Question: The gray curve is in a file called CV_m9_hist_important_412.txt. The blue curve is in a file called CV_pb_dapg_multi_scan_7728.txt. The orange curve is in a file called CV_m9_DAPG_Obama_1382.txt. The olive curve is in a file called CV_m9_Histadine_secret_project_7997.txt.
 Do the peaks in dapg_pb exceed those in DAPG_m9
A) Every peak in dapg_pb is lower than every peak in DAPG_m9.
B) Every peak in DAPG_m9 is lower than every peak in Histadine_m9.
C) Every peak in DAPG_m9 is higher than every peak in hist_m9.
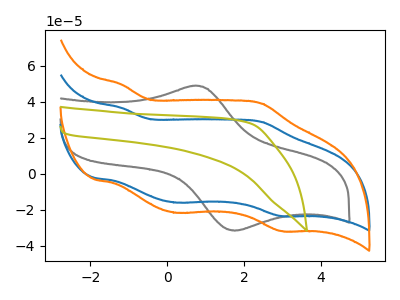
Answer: <think>The gray curve "hist_m9" has an anodic peak at (0.70V, 48.90uA) and a cathodic peak at (1.75V, -31.55uA). The blue curve "dapg_pb" has anodic peaks at (-1.20V, 36.65uA) (2.45V, 28.80uA) and cathodic peaks at (0.25V, -16.00uA) (2.95V, -23.45uA). The orange curve "DAPG_m9" has anodic peaks at (-1.20V, 49.70uA) (2.45V, 39.05uA) and cathodic peaks at (0.25V, -21.65uA) (2.95V, -31.75uA). The olive curve "Histadine_m9" has no peaks.</think>
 <answer>A) Every peak in "dapg_pb" is lower than every peak in "DAPG_m9".</answer>
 <eval>A</eval>